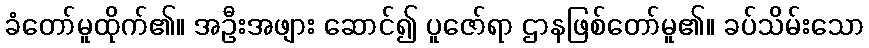
ခံတော်မူထိုက်၏။ အဦးအဖျား ဆောင်၍ ပူဇော်ရာ ဌာနဖြစ်တော်မူ၏။ ခပ်သိမ်းသော